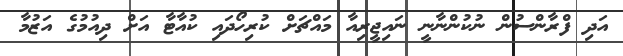
އަދި ފްރާންސުން ނުކުންނާނީ ނައިޖީރިއާ މައްޗަށް ކުރިހޯދައި ކުއާޓާ އަށް ދިއުމުގެ އަޒުމާ